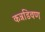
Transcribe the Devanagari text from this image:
कन्नडिवण